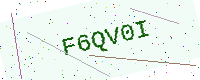
Text: F6QV0I